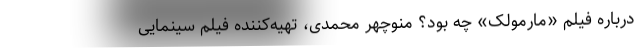
درباره فیلم «مارمولک» چه بود؟ منوچهر محمدی، تهیه‌کننده فیلم سینمایی